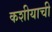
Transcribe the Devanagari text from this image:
कशीयाची